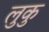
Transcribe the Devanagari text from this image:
लुकु